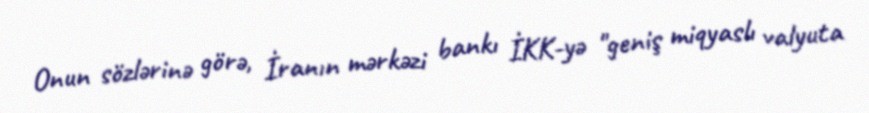
Onun sözlərinə görə, İranın mərkəzi bankı İKK-yə "geniş miqyaslı valyuta